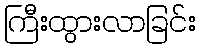
ကြီးထွားလာခြင်း